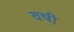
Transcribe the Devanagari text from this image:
वषी